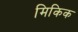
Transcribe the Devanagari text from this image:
मिकिक